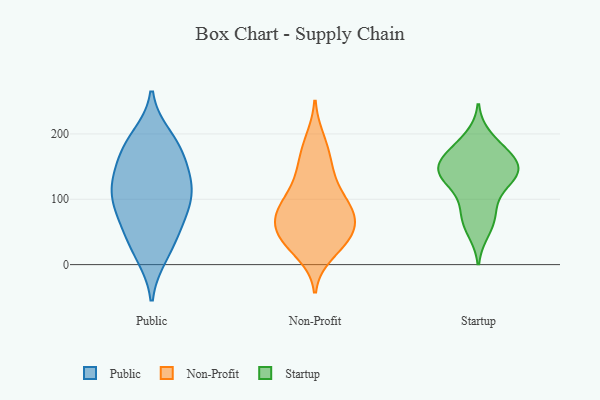
{"axis": {"x": "Demand Index", "y": "Value"}, "legend": ["Non-Profit", "Public", "Startup"], "data": [{"x": "", "y": 91, "type": "Public"}, {"x": "", "y": 169, "type": "Public"}, {"x": "", "y": 51, "type": "Public"}, {"x": "", "y": 81, "type": "Public"}, {"x": "", "y": 64, "type": "Public"}, {"x": "", "y": 101, "type": "Public"}, {"x": "", "y": 24, "type": "Public"}, {"x": "", "y": 134, "type": "Public"}, {"x": "", "y": 195, "type": "Public"}, {"x": "", "y": 126, "type": "Public"}, {"x": "", "y": 128, "type": "Public"}, {"x": "", "y": 176, "type": "Public"}, {"x": "", "y": 116, "type": "Public"}, {"x": "", "y": 15, "type": "Public"}, {"x": "", "y": 183, "type": "Public"}, {"x": "", "y": 144, "type": "Non-Profit"}, {"x": "", "y": 174, "type": "Non-Profit"}, {"x": "", "y": 83, "type": "Non-Profit"}, {"x": "", "y": 75, "type": "Non-Profit"}, {"x": "", "y": 38, "type": "Non-Profit"}, {"x": "", "y": 38, "type": "Non-Profit"}, {"x": "", "y": 70, "type": "Non-Profit"}, {"x": "", "y": 113, "type": "Non-Profit"}, {"x": "", "y": 141, "type": "Non-Profit"}, {"x": "", "y": 190, "type": "Non-Profit"}, {"x": "", "y": 88, "type": "Non-Profit"}, {"x": "", "y": 35, "type": "Non-Profit"}, {"x": "", "y": 53, "type": "Non-Profit"}, {"x": "", "y": 97, "type": "Non-Profit"}, {"x": "", "y": 18, "type": "Non-Profit"}, {"x": "", "y": 46, "type": "Non-Profit"}, {"x": "", "y": 77, "type": "Non-Profit"}, {"x": "", "y": 194, "type": "Startup"}, {"x": "", "y": 66, "type": "Startup"}, {"x": "", "y": 160, "type": "Startup"}, {"x": "", "y": 146, "type": "Startup"}, {"x": "", "y": 171, "type": "Startup"}, {"x": "", "y": 144, "type": "Startup"}, {"x": "", "y": 94, "type": "Startup"}, {"x": "", "y": 52, "type": "Startup"}, {"x": "", "y": 156, "type": "Startup"}, {"x": "", "y": 139, "type": "Startup"}, {"x": "", "y": 134, "type": "Startup"}, {"x": "", "y": 128, "type": "Startup"}, {"x": "", "y": 132, "type": "Startup"}, {"x": "", "y": 78, "type": "Startup"}, {"x": "", "y": 177, "type": "Startup"}]}